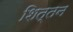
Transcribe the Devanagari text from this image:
शित्तन